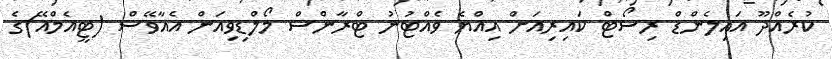
ކުރެއްދޫ އައިލެންޑް ރިސޯޓް ކައިރިއަށް އިއްޔެ ވެއްޓުނު ޓްރާންސް މޯލްޑިވިއަން އެއާވޭސް (ޓީއެމްއޭ)ގެ